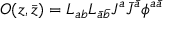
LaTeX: O ( z , \bar { z } ) = L _ { a b } L _ { \bar { a } \bar { b } } J ^ { a } \bar { J } ^ { \bar { a } } \phi ^ { a \bar { a } }